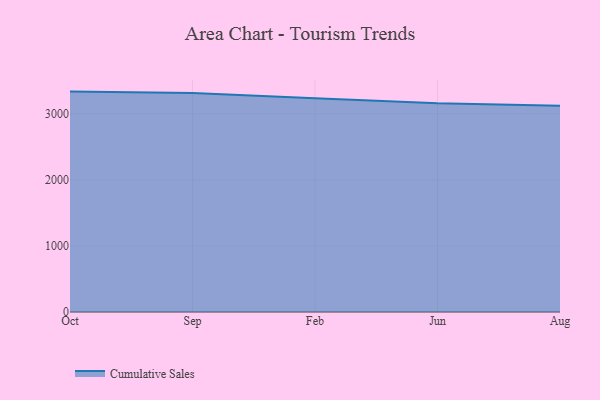
{"axis": {"x": "Month", "y": "Headcount"}, "legend": ["Cumulative Sales"], "data": [{"x": "Oct", "y": 3337.1, "type": "Cumulative Sales"}, {"x": "Sep", "y": 3315.4, "type": "Cumulative Sales"}, {"x": "Feb", "y": 3236.7, "type": "Cumulative Sales"}, {"x": "Jun", "y": 3159.6, "type": "Cumulative Sales"}, {"x": "Aug", "y": 3124.1, "type": "Cumulative Sales"}]}